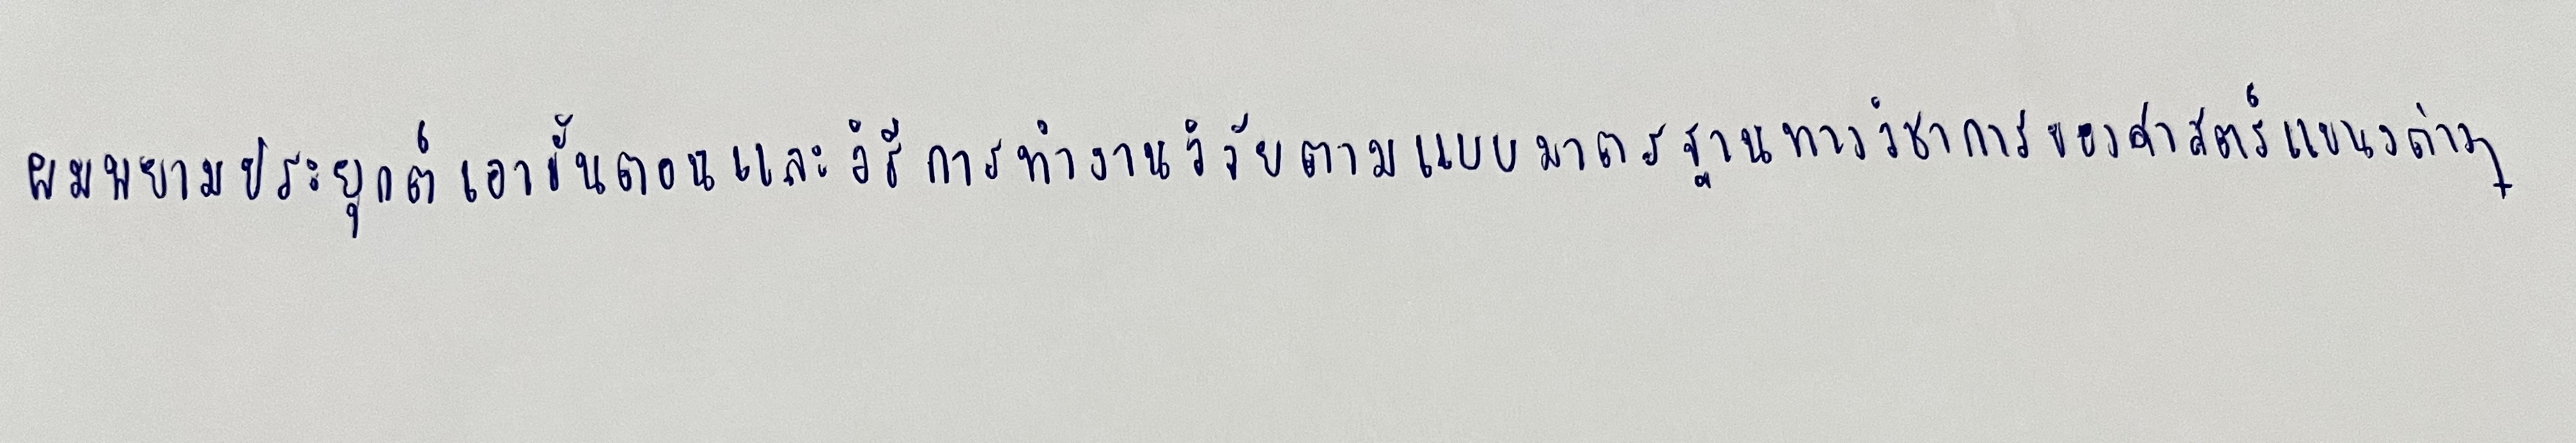
ผมพยายามประยุกต์เอาขั้นตอนและวิธีการทำงานวิจัยตามแบบมาตรฐานทางวิชาการของศาสตร์แขนงต่างๆ